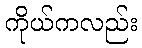
ကိုယ်ကလည်း